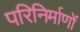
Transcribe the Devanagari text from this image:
परिनिर्माणों